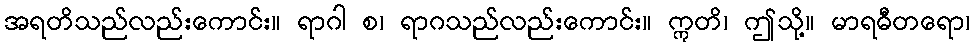
အရတိသည်လည်းကောင်း။ ရာဂါ စ၊ ရာဂသည်လည်းကောင်း။ ဣတိ၊ ဤသို့။ မာရဓီတရော၊